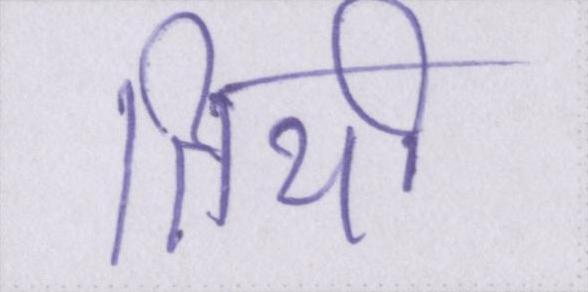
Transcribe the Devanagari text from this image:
तिथी